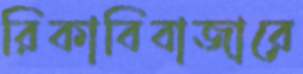
রিকাবিবাজারে